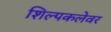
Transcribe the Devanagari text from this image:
शिल्पकलेवर